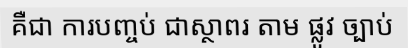
គឺជា ការបញ្ចប់ ជាស្ថាពរ តាម ផ្លូវ ច្បាប់